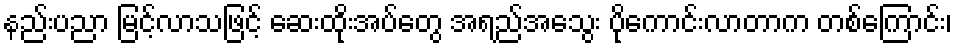
နည်းပညာ မြင့်လာသဖြင့် ဆေးထိုးအပ်တွေ အရည်အသွေး ပိုကောင်းလာတာက တစ်ကြောင်း၊